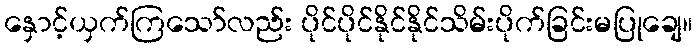
နှောင့်ယှက်ကြသော်လည်း ပိုင်ပိုင်နိုင်နိုင်သိမ်းပိုက်ခြင်းမပြုချေ။